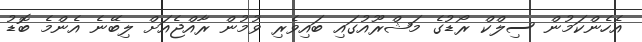
އެހެންކަމުން ސިލްކް ރޯޑުގެ މަޝްރޫއުގައި ބައިވެރި ވުމުން ރާއްޖެއަށް ލިބޭނެ އެންމެ ބޮޑު